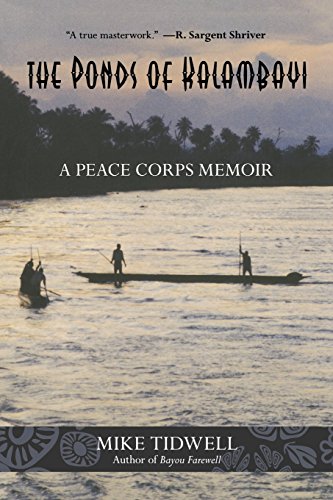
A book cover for Ponds of Kalambayi: A Peace Corps Memoir; Mike Tidwell; Business & Money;